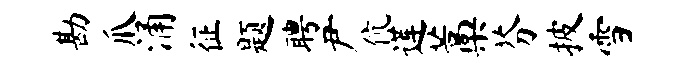
勘爪涌征题聘尹伉莲藁芬披雪